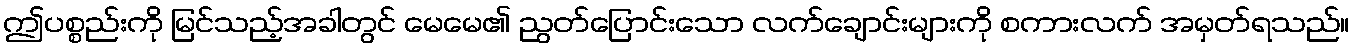
ဤပစ္စည်းကို မြင်သည့်အခါတွင် မေမေ၏ ညွတ်ပြောင်းသော လက်ချောင်းများကို စကားလက် အမှတ်ရသည်။